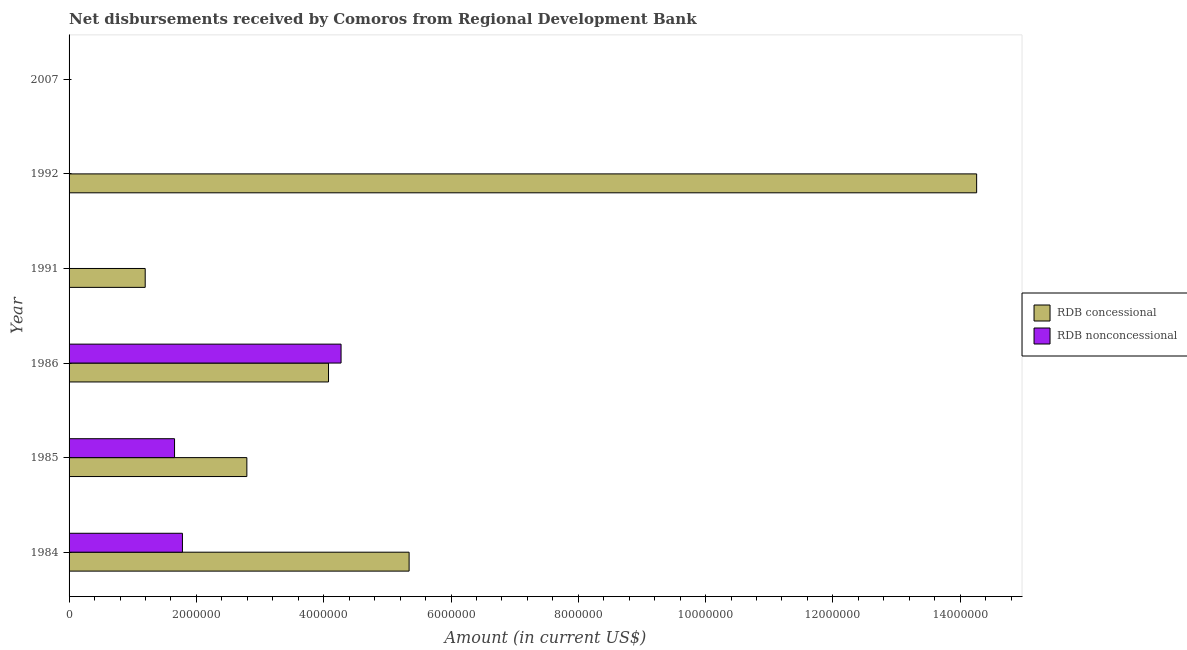
| Year | RDB concessional | RDB nonconcessional |
 | --- | --- | --- |
 | 1984 | 5.34e+06 | 1.78e+06 |
 | 1985 | 2.79e+06 | 1.66e+06 |
 | 1986 | 4.08e+06 | 4.27e+06 |
 | 1991 | 1.2e+06 | -5.11e+06 |
 | 1992 | 1.43e+07 | -1.1e+06 |
 | 2007 | -4.2e+05 | -9.54e+06 |